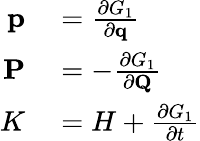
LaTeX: \begin{array}{rl}{\mathbf{p}}&{{}={\frac{\partial G_{1}}{\partial\mathbf{q}}}}\\ {\mathbf{P}}&{{}=-{\frac{\partial G_{1}}{\partial\mathbf{Q}}}}\\ {K}&{{}=H+{\frac{\partial G_{1}}{\partial t}}}\end{array}